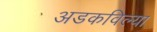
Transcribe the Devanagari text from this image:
अडकविल्या